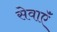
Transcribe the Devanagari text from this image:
सेवाएॅं